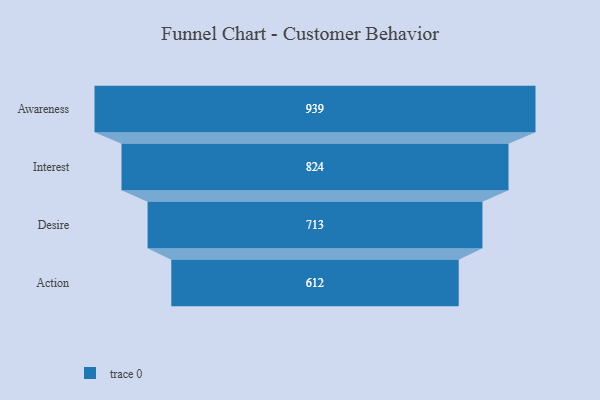
{"axis": {"x": "Stage", "y": "Value"}, "legend": [""], "data": [{"x": "Awareness", "y": 939.0, "type": ""}, {"x": "Interest", "y": 824.0, "type": ""}, {"x": "Desire", "y": 713.0, "type": ""}, {"x": "Action", "y": 612.0, "type": ""}]}